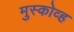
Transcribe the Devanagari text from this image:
मुस्कोव्ह